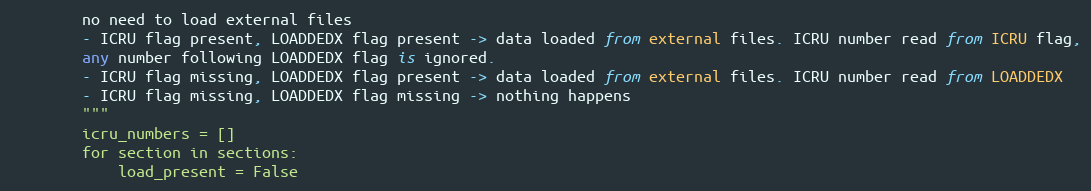
Language: Python
        no need to load external files
        - ICRU flag present, LOADDEDX flag present -> data loaded from external files. ICRU number read from ICRU flag,
        any number following LOADDEDX flag is ignored.
        - ICRU flag missing, LOADDEDX flag present -> data loaded from external files. ICRU number read from LOADDEDX
        - ICRU flag missing, LOADDEDX flag missing -> nothing happens
        """
        icru_numbers = []
        for section in sections:
            load_present = False